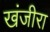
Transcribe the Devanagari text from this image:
खंजीरा